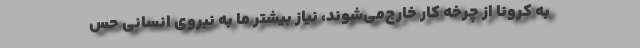
به کرونا از چرخه کار خارج‌می‌شوند، نیاز بیشتر ما به نیروی انسانی حس